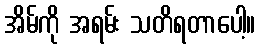
အိမ်ကို အရမ်း သတိရတာပေါ့။